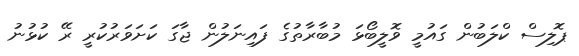
ޕޮލިސް ކްލަބުން ގައުމީ ވޮލީބޯޅަ މުބާރާތުގެ ފައިނަލުން ޖާގަ ކަށަވަރުކުރީ ރޭ ކުޅުނު